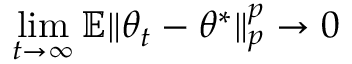
\operatorname* { l i m } _ { t \to \infty } \mathbb { E } \| \theta _ { t } - \theta ^ { * } \| _ { p } ^ { p } \to 0